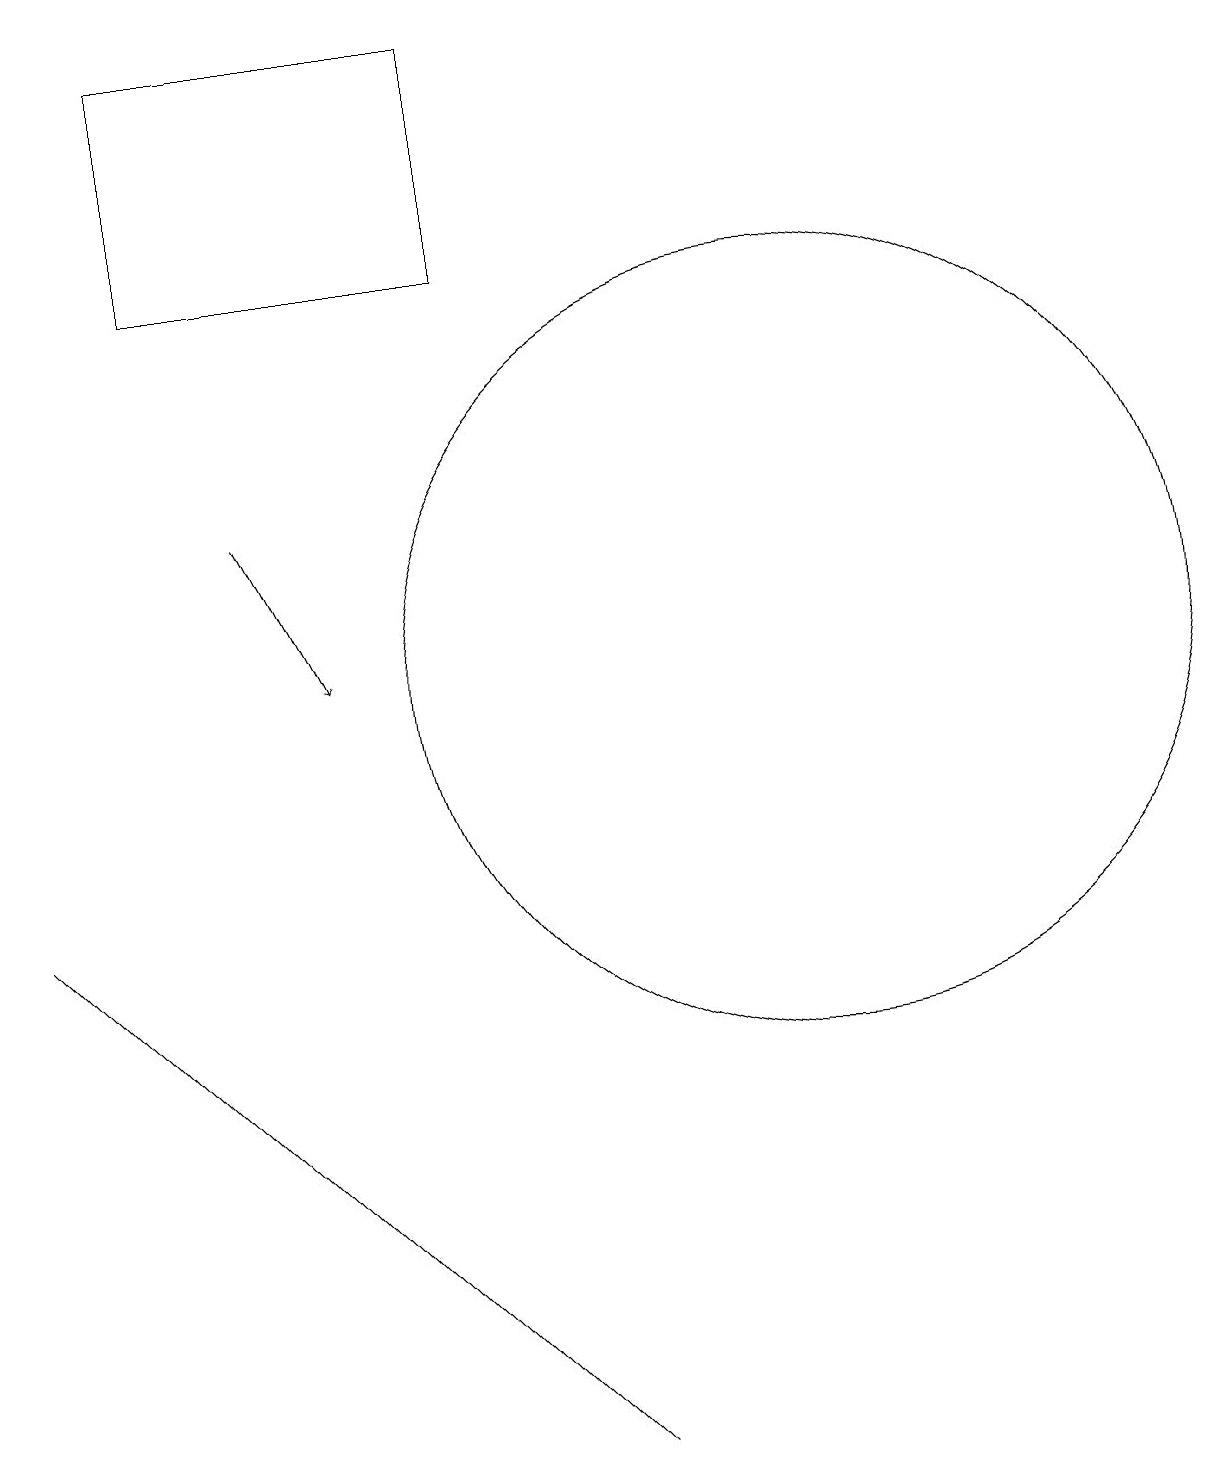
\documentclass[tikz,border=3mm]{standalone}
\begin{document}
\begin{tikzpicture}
\draw (11,11) circle (5);
\draw (10,11) circle (0);
\draw[->] (4,13) -- (5,11);
\draw (4,5) -- (8,1) -- (1,8) -- cycle;
\draw (3,19) rectangle (7,16);
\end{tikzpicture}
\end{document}